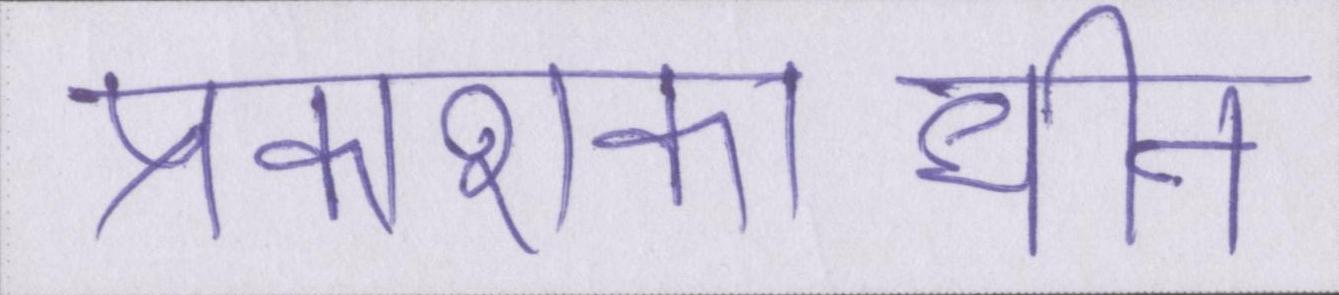
प्रकाशकाधीन